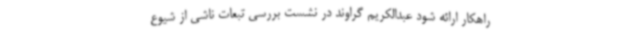
راهکار ارائه شود عبدالکریم گراوند در نشست بررسی تبعات ناشی از شیوع